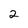
Character: 2